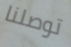
توصلنا